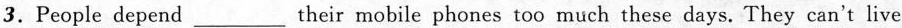
3.People depend___their mobile phones too much these days. They can't live